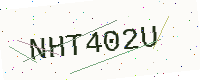
Text: NHT402U